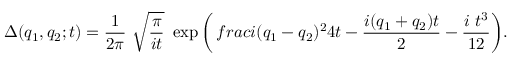
\Delta ( q _ { 1 } , q _ { 2 } ; t ) = { \frac 1 { 2 \pi } } ~ \sqrt { { \frac \pi { i t } } } ~ \exp { \left( { \, f r a c { i ( q _ { 1 } - q _ { 2 } ) ^ { 2 } } { 4 t } } - { \frac { i ( q _ { 1 } + q _ { 2 } ) t } 2 } - { \frac { i ~ t ^ { 3 } } { 1 2 } } \right) } .